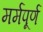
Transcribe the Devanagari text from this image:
मर्मपूर्ण